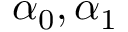
\alpha _ { 0 } , \alpha _ { 1 }